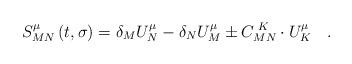
LaTeX: \begin{align*}S_{MN}^\mu \left( t,\sigma \right) =\delta _MU_N^\mu -\delta_NU_M^\mu \pm C_{MN}^{\;K}\cdot U_K^\mu \quad .\end{align*}